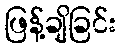
ဖြန့်ချိခြင်း